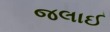
જલાઈ